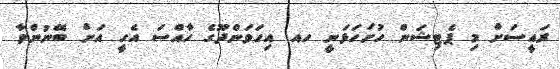
ރައީސަށް މި ޕެޓިޝަން ހުށަހަޅަނީ ހއ. އިހަވަންދޫގެ ހާއްސަ އެހީ އަށް ބޭނުންވާ